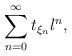
LaTeX: \begin{align*}\sum_{n=0}^{\infty} t_{\xi_n}\l^n,\end{align*}